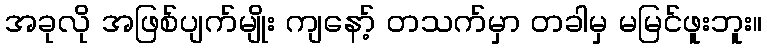
အခုလို အဖြစ်ပျက်မျိုး ကျနော့် တသက်မှာ တခါမှ မမြင်ဖူးဘူး။